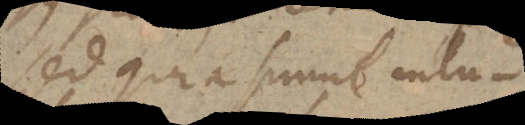
Sed quia simul intu-